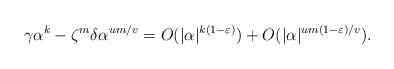
LaTeX: \begin{align*} \gamma\alpha^k - \zeta^m \delta\alpha^{um/v}= O(|\alpha |^{k(1-\varepsilon)}) + O(|\alpha |^{um(1-\varepsilon)/v}).\end{align*}